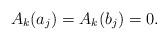
LaTeX: \begin{align*} A_k(a_j)=A_k(b_j)=0. \end{align*}